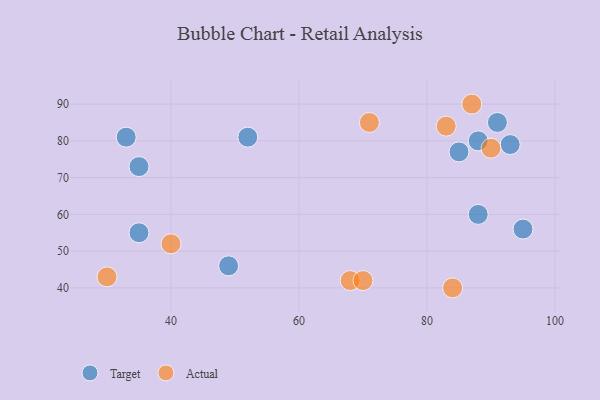
{"axis": {"x": "GDP", "y": "Life Expectancy"}, "legend": ["Actual", "Target"], "data": [{"x": "35", "y": 73, "type": "Target"}, {"x": "49", "y": 46, "type": "Target"}, {"x": "33", "y": 81, "type": "Target"}, {"x": "88", "y": 80, "type": "Target"}, {"x": "35", "y": 55, "type": "Target"}, {"x": "85", "y": 77, "type": "Target"}, {"x": "52", "y": 81, "type": "Target"}, {"x": "91", "y": 85, "type": "Target"}, {"x": "95", "y": 56, "type": "Target"}, {"x": "93", "y": 79, "type": "Target"}, {"x": "88", "y": 60, "type": "Target"}, {"x": "68", "y": 42, "type": "Actual"}, {"x": "70", "y": 42, "type": "Actual"}, {"x": "30", "y": 43, "type": "Actual"}, {"x": "40", "y": 52, "type": "Actual"}, {"x": "90", "y": 78, "type": "Actual"}, {"x": "84", "y": 40, "type": "Actual"}, {"x": "83", "y": 84, "type": "Actual"}, {"x": "71", "y": 85, "type": "Actual"}, {"x": "87", "y": 90, "type": "Actual"}]}